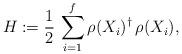
LaTeX: \begin{align*}H := \frac 12 \, \sum_{i=1}^f \rho( X_i )^\dagger \, \rho( X_i ),\end{align*}